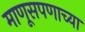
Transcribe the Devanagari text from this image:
माणूसपणाच्या